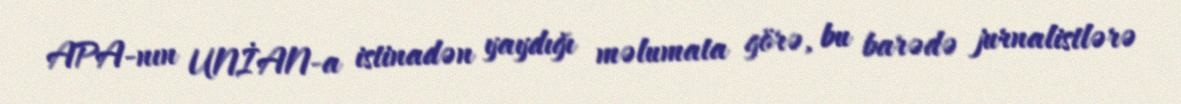
APA-nın UNİAN-a istinadən yaydığı məlumata görə, bu barədə jurnalistlərə